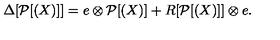
\Delta [ \mathcal { P } [ ( X ) ] ] = e \otimes \mathcal { P } [ ( X ) ] + R [ \mathcal { P } [ ( X ) ] ] \otimes e .